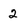
Character: 2